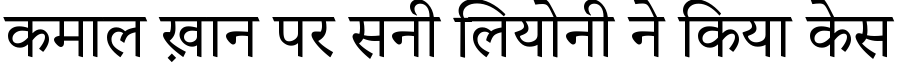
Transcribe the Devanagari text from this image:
कमाल ख़ान पर सनी लियोनी ने किया केस